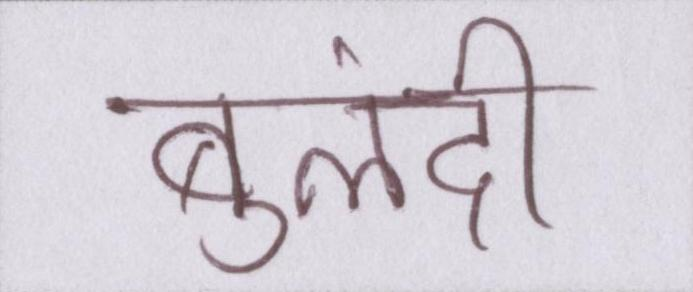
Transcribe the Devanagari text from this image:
बुलंदी